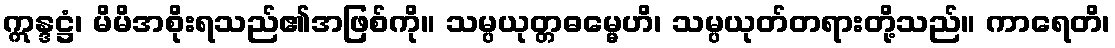
ဣန္ဒဋ္ဌံ၊ မိမိအစိုးရသည်၏အဖြစ်ကို။ သမ္ပယုတ္တဓမ္မေဟိ၊ သမ္ပယုတ်တရားတို့သည်။ ကာရေတိ၊